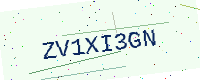
Text: ZV1XI3GN